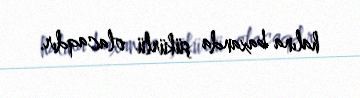
halına baxanda şükürlü olacaqdır.